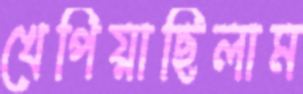
খেপিয়াছিলাম